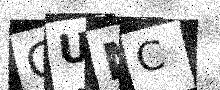
Text: GUNC